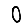
Digit: 0